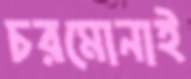
চরমোনাই